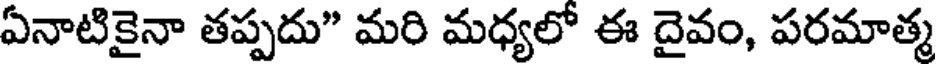
ఏనాటికైనా తప్పదు" మరి మధ్యలో ఈ దైవం, పరమాత్మ